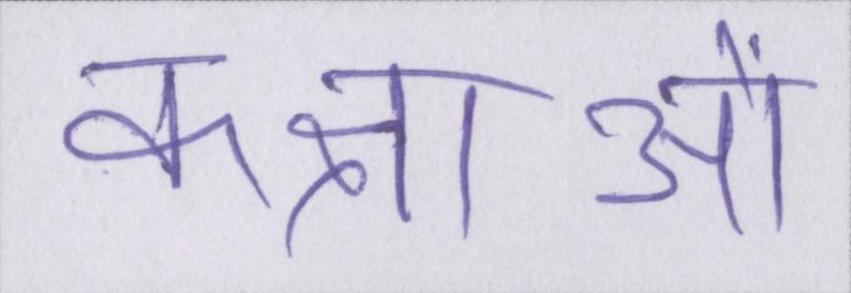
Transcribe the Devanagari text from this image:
कक्षाओं